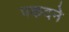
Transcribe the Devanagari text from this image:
पकदने